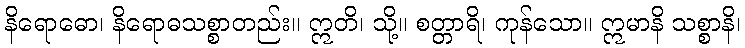
နိရောဓော၊ နိရောဓသစ္စာတည်း။ ဣတိ၊ သို့။ စတ္တာရိ၊ ကုန်သော။ ဣမာနိ သစ္စာနိ၊